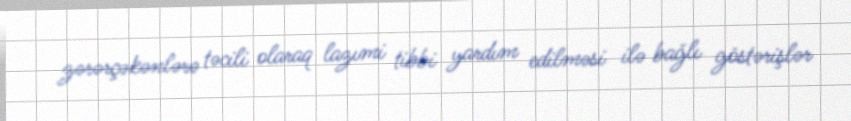
zərərçəkənlərə təcili olaraq lazımi tibbi yardım edilməsi ilə bağlı göstərişlər